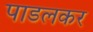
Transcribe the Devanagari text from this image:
पाडलकर